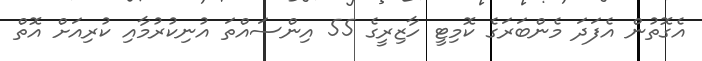
އެގޮތުން އެފަދަ މެންބަރަގެ ކޮމިޓީ ހާޒިރީގެ 55 އިންސައްތަ އުނިކުރުމާއި ކުރިއަށް އޮތް